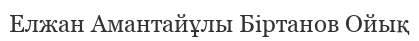
Елжан Амантайұлы Біртанов Ойық